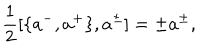
LaTeX: \frac { 1 } { 2 } [ \{ a ^ { - } , a ^ { + } \} , a ^ { \pm } ] = \pm a ^ { \pm } ,